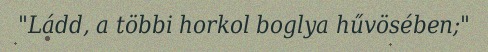
"Ládd, a többi horkol boglya hűvösében;"